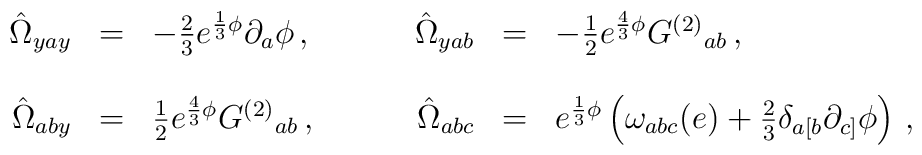
\begin{array}{rclrcl}\hat{\Omega}_{yay}&=&-\frac{2}{3} e^{\frac{1}{3}\phi} \partial_{a}\phi\, ,\hspace{1cm}&\hat{\Omega}_{yab}&=&-\frac{1}{2} e^{\frac{4}{3} \phi} G^{(2)}{}_{ab}\, ,\\& & & & &\\\hat{\Omega}_{aby}&=&\frac{1}{2}  e^{\frac{4}{3}\phi} G^{(2)}{}_{ab}\, ,&\hat{\Omega}_{abc}&=&e^{\frac{1}{3}\phi} \left( \omega_{abc}(e)+\frac{2}{3} \delta_{a[b} \partial_{c]}\phi \right)\, ,\\\end{array}